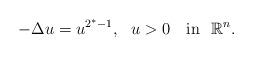
LaTeX: \begin{align*}-\Delta u=u^{2^*-1},\ \ u>0 \quad\mbox{in}\ \ \mathbb{R}^n.\end{align*}